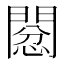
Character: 𢡙